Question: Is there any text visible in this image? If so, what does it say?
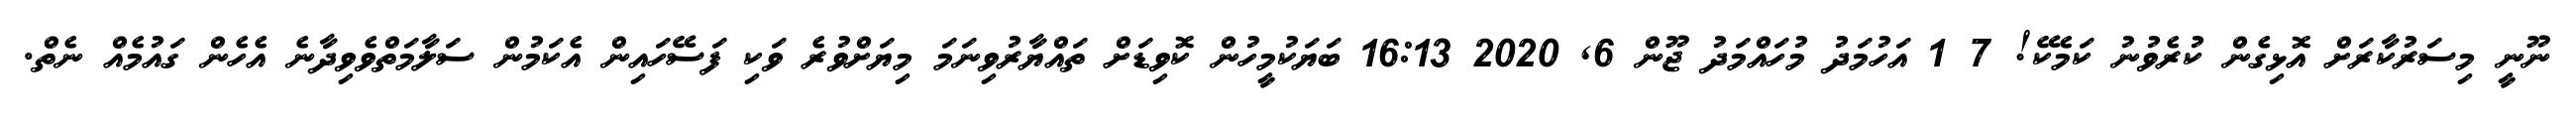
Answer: ނޫނީ މިސަރުކާރަށް އޮޅިގެން ކުރެވުނު ކަމެކޭ! 7 1 އަހުމަދު މުހައްމަދު ޖޫން 6, 2020 16:13 ބަޔަކުމީހުން ކޮވިޑަށް ތައްޔާރުވިނަމަ މިޔަށްވުރެ ވަކި ފަސޭހައިން އެކަމުން ސަލާމަތްވެވިދާނެ އެހެން ގައުމެއް ނެތް.